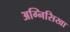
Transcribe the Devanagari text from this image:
अग्निसिखा